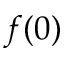
f ( 0 )